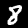
Digit: 8